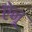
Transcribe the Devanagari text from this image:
ऐनू